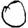
Digit: 0